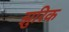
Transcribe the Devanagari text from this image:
झुरिक